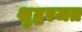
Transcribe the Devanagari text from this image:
शुद्धरजत